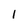
Character: 1